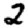
Digit: 2